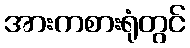
အားကစားရုံတွင်